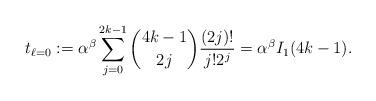
LaTeX: \begin{align*} t_{\ell=0} :=\alpha^{\beta} \sum_{j=0}^{2k-1} \binom{4k-1}{2j} \frac{(2j)!}{j!2^{j}} = \alpha^{\beta} I_{1}(4k-1). \end{align*}